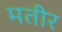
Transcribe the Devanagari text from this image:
मतीर